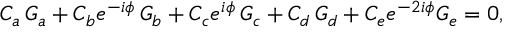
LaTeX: C _ { a } \, G _ { a } + C _ { b } e ^ { - i \phi } \, G _ { b } + C _ { c } e ^ { i \phi } \, G _ { c } + C _ { d } \, G _ { d } + C _ { e } e ^ { - 2 i \phi } G _ { e } = 0 ,